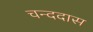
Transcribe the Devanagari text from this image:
चन्ददास